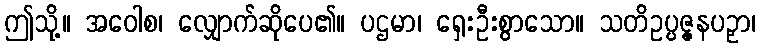
ဤသို့။ အဝေါစ၊ လျှောက်ဆိုပေ၏။ ပဌမာ၊ ရှေးဦးစွာသော။ သတိဥပ္ပဇ္ဇနပဉှာ၊